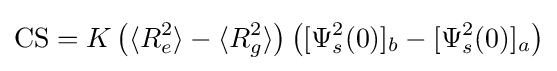
{\text{CS}}=K\left(\langle R_{e}^{2}\rangle -\langle R_{g}^{2}\rangle \right)\left([\Psi _{s}^{2}(0)]_{b}-[\Psi _{s}^{2}(0)]_{a}\right)